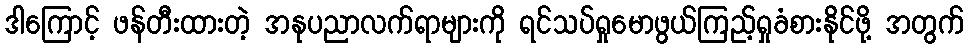
ဒါကြောင့် ဖန်တီးထားတဲ့ အနုပညာလက်ရာများကို ရင်သပ်ရှုမောဖွယ်ကြည့်ရှုခံစားနိုင်ဖို့ အတွက်